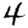
Digit: 4